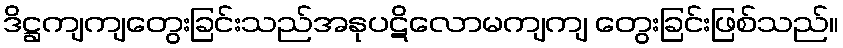
ဒိဋ္ဌကျကျတွေးခြင်းသည်အနုပဋိလောမကျကျ တွေးခြင်းဖြစ်သည်။